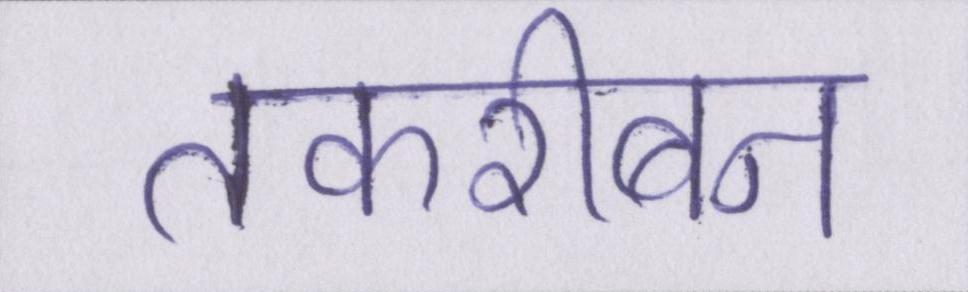
तकरीबन